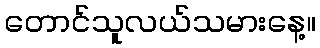
တောင်သူလယ်သမားနေ့။